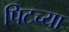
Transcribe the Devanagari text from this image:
पिटच्या